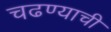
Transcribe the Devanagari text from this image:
चढण्याची